Senior Leaving Certificate Examination (including Day School Certificate (Higher) General paper), 1950
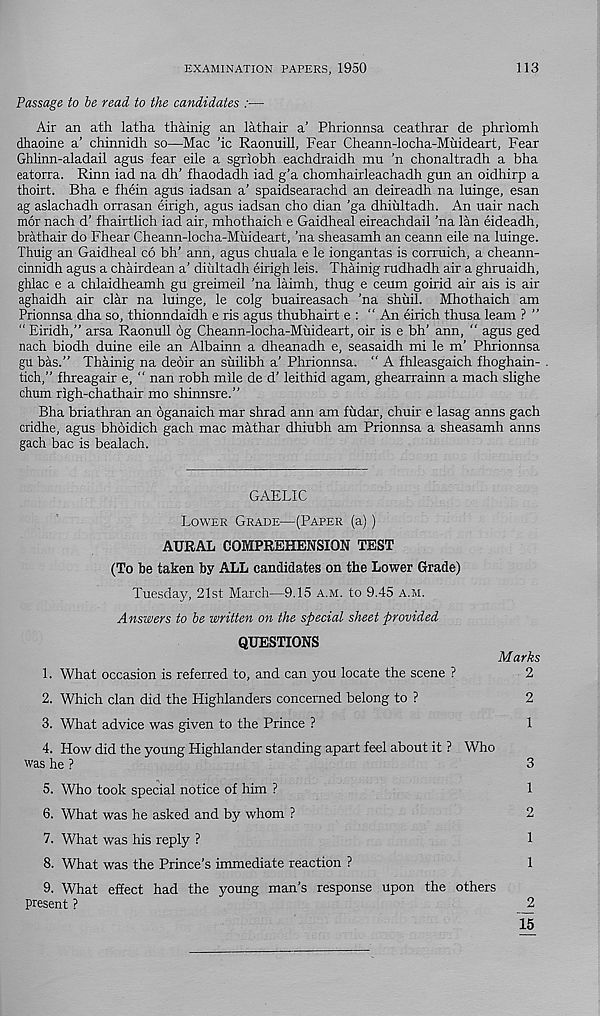
EXAMINATION PAPERS, 1950
113
Passage to be read to the candidates :—
Air an ath latha thainig an lathair a’ Phrionnsa ceathrar de phriomh
dhaoine a’ chinnidh so—Mac ’ic Raonuill, Fear Cheann-locha-Muideart, Fear
Ghlinn-aladail agus fear eile a sgriobh eachdraidh mu ’n chonaltradh a bha
eatorra. Rinn iad na dh’ fhaodadh iad g’a chomhairleachadh gun an oidhirp a
thoirt. Bha e fhein agus iadsan a’ spaidsearachd an deireadh na luinge, esan
ag aslachadh orrasan eirigh, agus iadsan cho dian 'ga dhiultadh. An uair nach
mor nach d’ fhairtlich iad air, mhothaich e Gaidheal eireachdail ’na lan eideadh,
brathair do Fhear Cheann-locha-Muideart, ’na sheasamh an ceann eile na luinge.
Thuig an Gaidheal co bh’ ann, agus chuala e le iongantas is corruich, a cheann-
cinnidh agus a chairdean a’ diultadh eirigh leis. Thainig rudhadh air a ghruaidh,
ghlac e a chlaidheamh gu greimeil ’na laimh, thug e ceum goirid air ais is air
aghaidh air clar na luinge, le colg buaireasach ’na shuil. Mhothaich am
Prionnsa dha so, thionndaidh e ris agus thubhairt e : “An eirich thusa leam ? ”
“ Eiridh,” arsa Raonull 6g Cheann-locha-Muideart, oir is e bh’ ann, “ agus ged
nach biodh duine eile an Albainn a dheanadh e, seasaidh mi le m’ Phrionnsa
gu bas.” Thainig na deoir an suilibh a’ Phrionnsa. “ A fhleasgaich fhoghain-
tich,” fhreagair e, “ nan robh mile de d’ leithid agam, ghearrainn a mach slighe
chum righ-chathair mo shinnsre.’’
Bha briathran an oganaich mar shrad ann am fudar, chuir e lasag anns gach
cridhe, agus bhoidich gach mac mathar dhiubh am Prionnsa a sheasamh anns
gach bac is bealach.
GAELIC
Lower Grade—(Paper (a) )
AURAL COMPREHENSION TEST
(To be taken by ALL candidates on the Lower Grade)
Tuesday, 21st March—9.15 a.m. to 9.45 a.m.
Answers to be written on the special sheet provided
QUESTIONS
Marks
1. What occasion is referred to, and can you locate the scene ?
2
2. Which clan did the Highlanders concerned belong to ?
2
3. What advice was given to the Prince ?
1
4. How did the young Highlander standing apart feel about it ? Who
was he ?
3
5. Who took special notice of him ?
1
6. What was he asked and by whom ?
2
7. What was his reply ?
1
8. What was the Prince’s immediate reaction ?
1
9. What effect had the young man's response upon the others
present ?
2
15